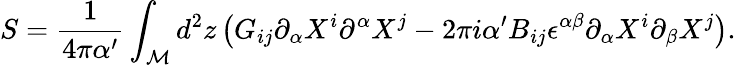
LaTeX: S=\frac{1}{4\pi\alpha^{\prime}}\int_{\cal M}d^{2}z\left(G_{ij}\partial_{\alpha}X^{i}\partial^{\alpha}X^{j}-2\pi i\alpha^{\prime}B_{ij}\epsilon^{\alpha\beta}\partial_{\alpha}X^{i}\partial_{\beta}X^{j}\right).